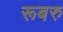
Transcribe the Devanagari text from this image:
रूबरु